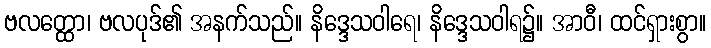
ဗလတ္ထော၊ ဗလပုဒ်၏ အနက်သည်။ နိဒ္ဒေသဝါရေ၊ နိဒ္ဒေသဝါရ၌။ အာဝီ၊ ထင်ရှားစွာ။